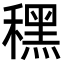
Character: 䆀